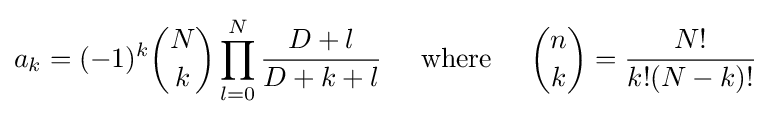
a_{k}=(-1)^{k}{\binom {N}{k}}\prod _{l=0}^{N}{D+l \over {D+k+l}}\;\;\;\;\;{\text{where}}\;\;\;\;\;{\binom {n}{k}}={N! \over {k!(N-k)!}}